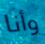
وأنا